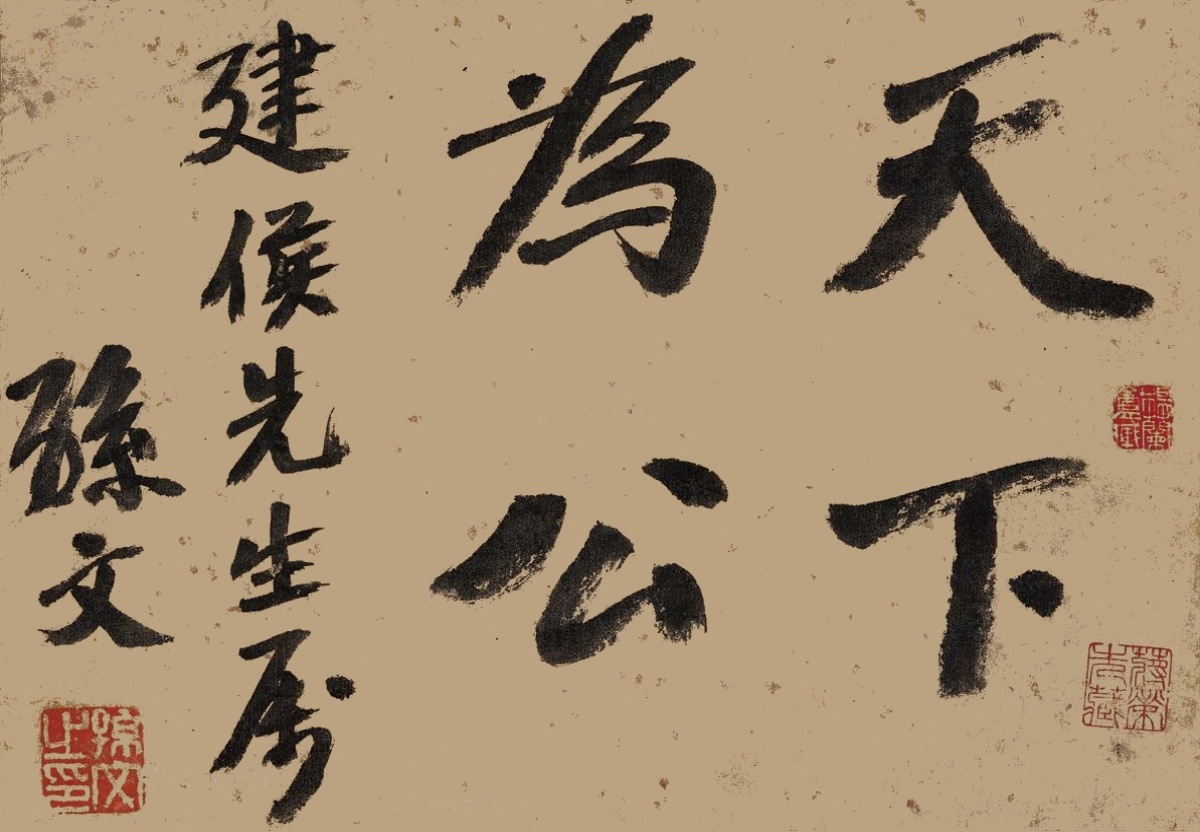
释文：天下为公。建侯先生属，孙文。